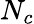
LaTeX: N_{c}